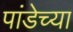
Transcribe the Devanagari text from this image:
पांडेच्या